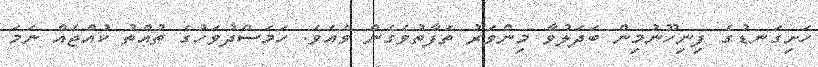
ހަށިގަނޑުގެ ފިނިހޫނުމިން ބަދަލުވާ މިންވަރު ތަފާތުވެގެން ވެއެވެ. ހަމަސްދުވަހުގެ ތުއްތު ކުއްޖެއް ނަމަ